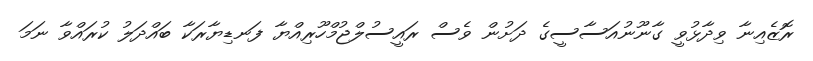
ރޮޒެއިނާ ވިދާޅުވީ ގާނޫނުއަސާސީގެ ދަށުން ވެސް ރައީސުލްޖުމްހޫރިއްޔާ ފަނޑިޔާރަކާ ބައްދަލު ކުރައްވާ ނަމަ